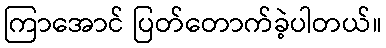
ကြာအောင် ပြတ်တောက်ခဲ့ပါတယ်။